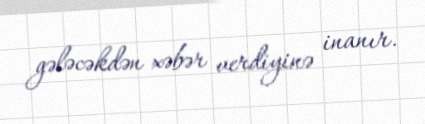
gələcəkdən xəbər verdiyinə inanır.